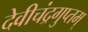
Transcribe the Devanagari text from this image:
देवीचंद्रगुप्तम्‌